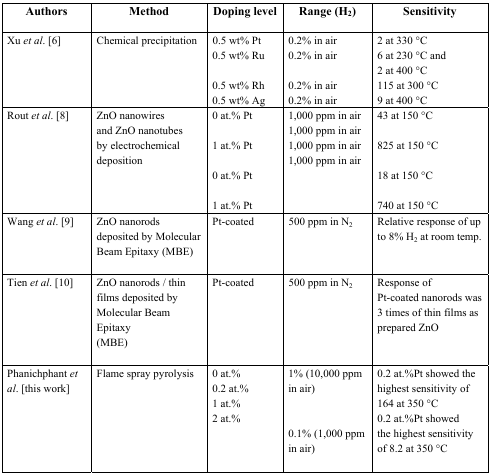
<table><thead><tr><td><b>Authors</b></td><td><b>Method</b></td><td><b>Doping level</b></td><td><b>Range (H<sub>2</sub>)</b></td><td><b>Sensitivity</b></td></tr></thead><tbody><tr><td rowspan="4">Xu <i>et al</i>. [6]</td><td rowspan="4">Chemical precipitation</td><td>0.5 wt% Pt</td><td>0.2% in air</td><td>2 at 330 °C</td></tr><tr><td>0.5 wt% Ru</td><td>0.2% in air</td><td>6 at 230 °C and 2 at 400 °C</td></tr><tr><td>0.5 wt% Rh</td><td>0.2% in air</td><td>115 at 300 °C</td></tr><tr><td>0.5 wt% Ag</td><td>0.2% in air</td><td>9 at 400 °C</td></tr><tr><td rowspan="6">Rout <i>et al</i>. [8]</td><td rowspan="6">ZnO nanowires and ZnO nanotubes by electrochemical deposition</td><td>0 at.% Pt</td><td>1,000 ppm in air</td><td>43 at 150 °C</td></tr><tr><td></td><td>1,000 ppm in air</td><td></td></tr><tr><td>1 at.% Pt</td><td>1,000 ppm in air</td><td>825 at 150 °C</td></tr><tr><td></td><td>1,000 ppm in air</td><td></td></tr><tr><td>0 at.% Pt</td><td></td><td>18 at 150 °C</td></tr><tr><td>1 at.% Pt</td><td></td><td>740 at 150 °C</td></tr><tr><td>Wang <i>et al</i>. [9]</td><td>ZnO nanorods deposited by Molecular Beam Epitaxy (MBE)</td><td>Pt-coated</td><td>500 ppm in N<sub>2</sub></td><td>Relative response of up to 8% H<sub>2</sub> at room temp.</td></tr><tr><td>Tien <i>et al</i>. [10]</td><td>ZnO nanorods / thin films deposited by Molecular Beam Epitaxy (MBE)</td><td>Pt-coated</td><td>500 ppm in N<sub>2</sub></td><td>Response of Pt-coated nanorods was 3 times of thin films as prepared ZnO</td></tr><tr><td rowspan="5">Phanichphant <i>et al</i>. [this work]</td><td rowspan="5">Flame spray pyrolysis</td><td>0 at.%</td><td rowspan="4">1% (10,000 ppm in air)</td><td rowspan="3">0.2 at.%Pt showed the highest sensitivity of 164 at 350 °C</td></tr><tr><td>0.2 at.%</td></tr><tr><td>1 at.%</td></tr><tr><td rowspan="2">2 at.%</td><td rowspan="2">0.2 at.%Pt showed the highest sensitivity of 8.2 at 350 °C</td></tr><tr><td>0.1% (1,000 ppm in air)</td></tr></tbody></table>